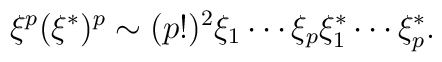
\xi ^p(\xi ^{*})^p\sim (p!)^2\xi _1\cdots \xi _p\xi _1^{*}\cdots \xi _p^{*}.